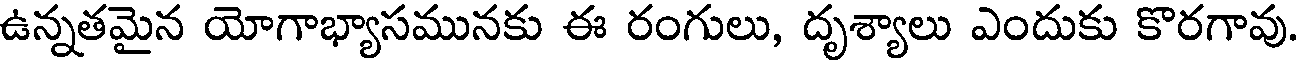
ఉన్నతమైన యోగాభ్యాసమునకు ఈ రంగులు, దృశ్యాలు ఎందుకు కొరగావు